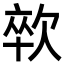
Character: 㰵